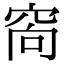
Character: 𥥩